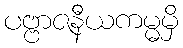
ပဗ္ဗာဇနီယကမ္မမှိ